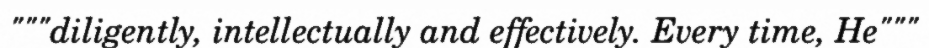
"""diligently, intellectually and effectively. Every time, He"""